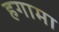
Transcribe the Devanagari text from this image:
हगामा